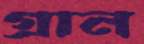
গ্রান